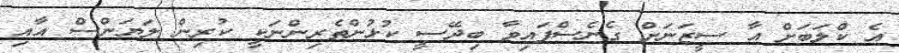
އެ ކްލަބަށް އާ ސީޒަނަށް ގެެނެސްފައިވާ ބިދޭސީ ކުޅުންތެރިންނަކީ ކުރިން ލަޔަންސް އާއި